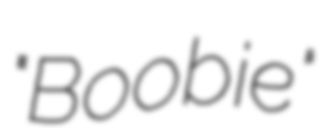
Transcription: "Boobie"